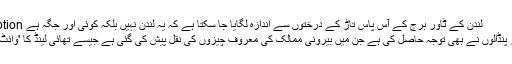
Image caption لندن کے ٹاور برج کے آس پاس تاڑ کے درختوں سے اندازہ لگایا جا سکتا ہے کہ یہ لندن نہیں بلکہ کوئی اور جگہ ہے
اس برس دیگر پنڈالوں نے بھی توجہ حاصل کی ہے جن میں بیرونی ممالک کی معروف چیزوں کی نقل پیش کی گئی ہے جیسے تھائی لینڈ کا 'وائٹ ٹیمپل' وغیرہ۔